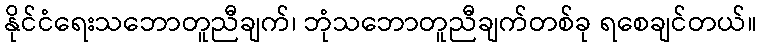
နိုင်ငံရေးသဘောတူညီချက်၊ ဘုံသဘောတူညီချက်တစ်ခု ရစေချင်တယ်။